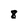
Character: 8